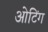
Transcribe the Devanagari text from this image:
ओटिंग